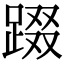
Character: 䟾